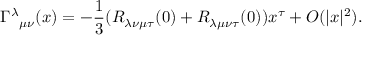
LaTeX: { \Gamma ^ { \lambda } } _ { \mu \nu } ( x ) = - { \frac { 1 } { 3 } } ( R _ { \lambda \nu \mu \tau } ( 0 ) + R _ { \lambda \mu \nu \tau } ( 0 ) ) x ^ { \tau } + O ( | x | ^ { 2 } ) .